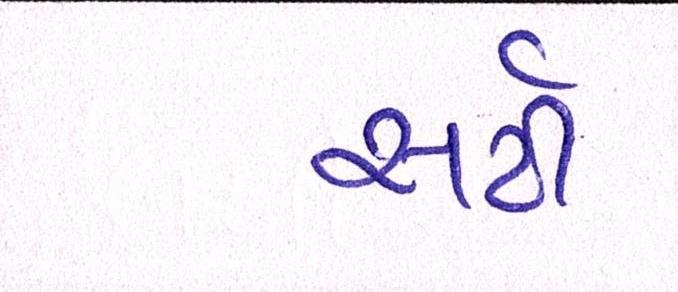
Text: સર્ટી